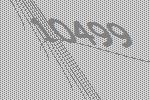
10499